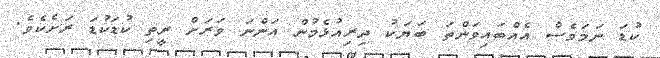
ކުޑަ ނަމަވެސް އެއްބައިވަންތަ ބަޔަކު ދިރިއުޅެމުން އަންނަ ވަރަށް ރީތި ކުޑަކުޑަ ރަށެކެވެ.